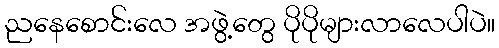
ညနေစောင်းလေ အဖွဲ့တွေ ပိုပိုများလာလေပါပဲ။